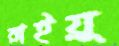
রাইয়ু